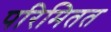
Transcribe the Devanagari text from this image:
परिमितत